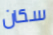
سكان